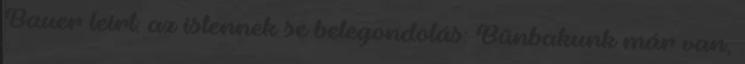
Bauer leírt: az istennek se belegondolás: Bűnbakunk már van,